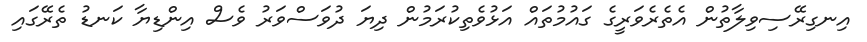
އިނގިރޭސިވިލާތުން އެތެރެވަރީގެ ގައުމުތައް އަޅުވެތިކުރަމުން ދިޔަ ދުވަސްވަރު ވެސް އިންޑިޔާ ކަނޑު ތެރޭގައި